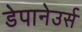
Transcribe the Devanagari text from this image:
डेपानेउर्स